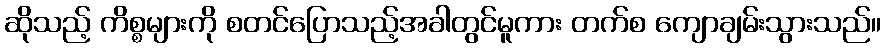
ဆိုသည့် ကိစ္စများကို စတင်ပြောသည့်အခါတွင်မူကား တက်စ ကျောချမ်းသွားသည်။